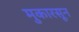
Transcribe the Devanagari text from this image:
मुकारसून